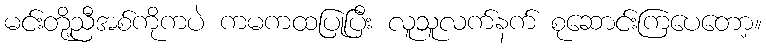
မင်းတို့ညီအစ်ကိုကပဲ ကမကထပြုပြီး လူသူလက်နက် စုဆောင်းကြပေတော့။